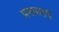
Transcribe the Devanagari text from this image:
मनमाडचे